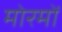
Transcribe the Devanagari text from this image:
मोरमों